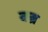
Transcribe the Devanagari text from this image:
क्ब्र